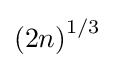
\left(2n\right)^{1/3}